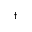
^ \dagger